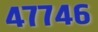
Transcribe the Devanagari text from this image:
४७७४६